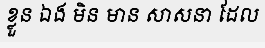
ខ្លួន ឯង មិន មាន សាសនា ដែល